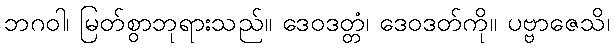
ဘဂဝါ၊ မြတ်စွာဘုရားသည်။ ဒေဝဒတ္တံ၊ ဒေဝဒတ်ကို။ ပဗ္ဗာဇေသိ၊